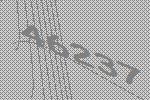
46237